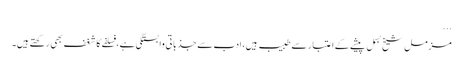
...
مزمل شیخ بسمل پیشے کے اعتبار سے طبیب ہیں، ادب سے جذباتی وابستگی ہے، فسلفے کا شغف بھی رکھتے ہیں۔